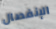
الإنفصال